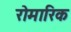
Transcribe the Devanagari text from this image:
रोमारिक